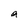
Character: a